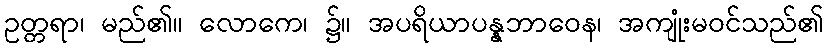
ဥတ္တရာ၊ မည်၏။ လောကေ၊ ၌။ အပရိယာပန္နဘာဝေန၊ အကျုံးမဝင်သည်၏